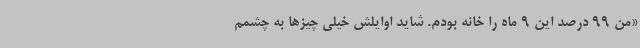
«من 99 درصد این 9 ماه را خانه بودم. شاید اوایلش خیلی چیزها به چشمم